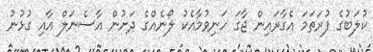
ކުލަބުގެ ފުރަތަމަ އެގާރައިން ޖާގަ ހަނިވުމާއެކު ލޯނެއްގެ ދަށުން އާސެނަލް އާއި ގުޅުނު